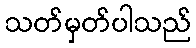
သတ်မှတ်ပါသည်